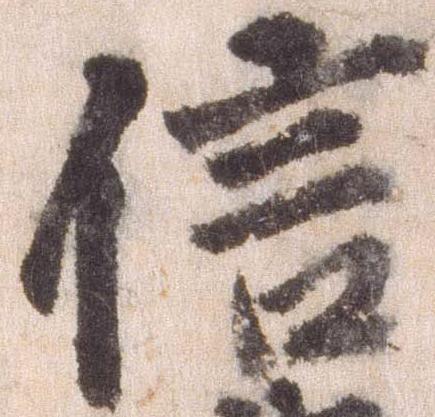
信